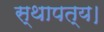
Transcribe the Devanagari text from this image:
स्थापत्य।